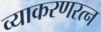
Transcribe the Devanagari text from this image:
व्याकरणरत्न